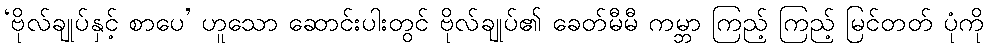
‘ဗိုလ်ချုပ်နှင့် စာပေ’ ဟူသော ဆောင်းပါးတွင် ဗိုလ်ချုပ်၏ ခေတ်မီမီ ကမ္ဘာ ကြည့် ကြည့် မြင်တတ် ပုံကို